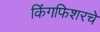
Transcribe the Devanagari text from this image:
किंगफिशरचे